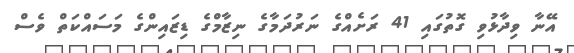
އޭނާ ވިދާޅުވި ގޮތުގައި 41 ރަށެއްގެ ނަރުދަމާގެ ނިޒާމްގެ ޑިޒައިންގެ މަސައްކަތް ވެސް